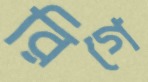
রিগে